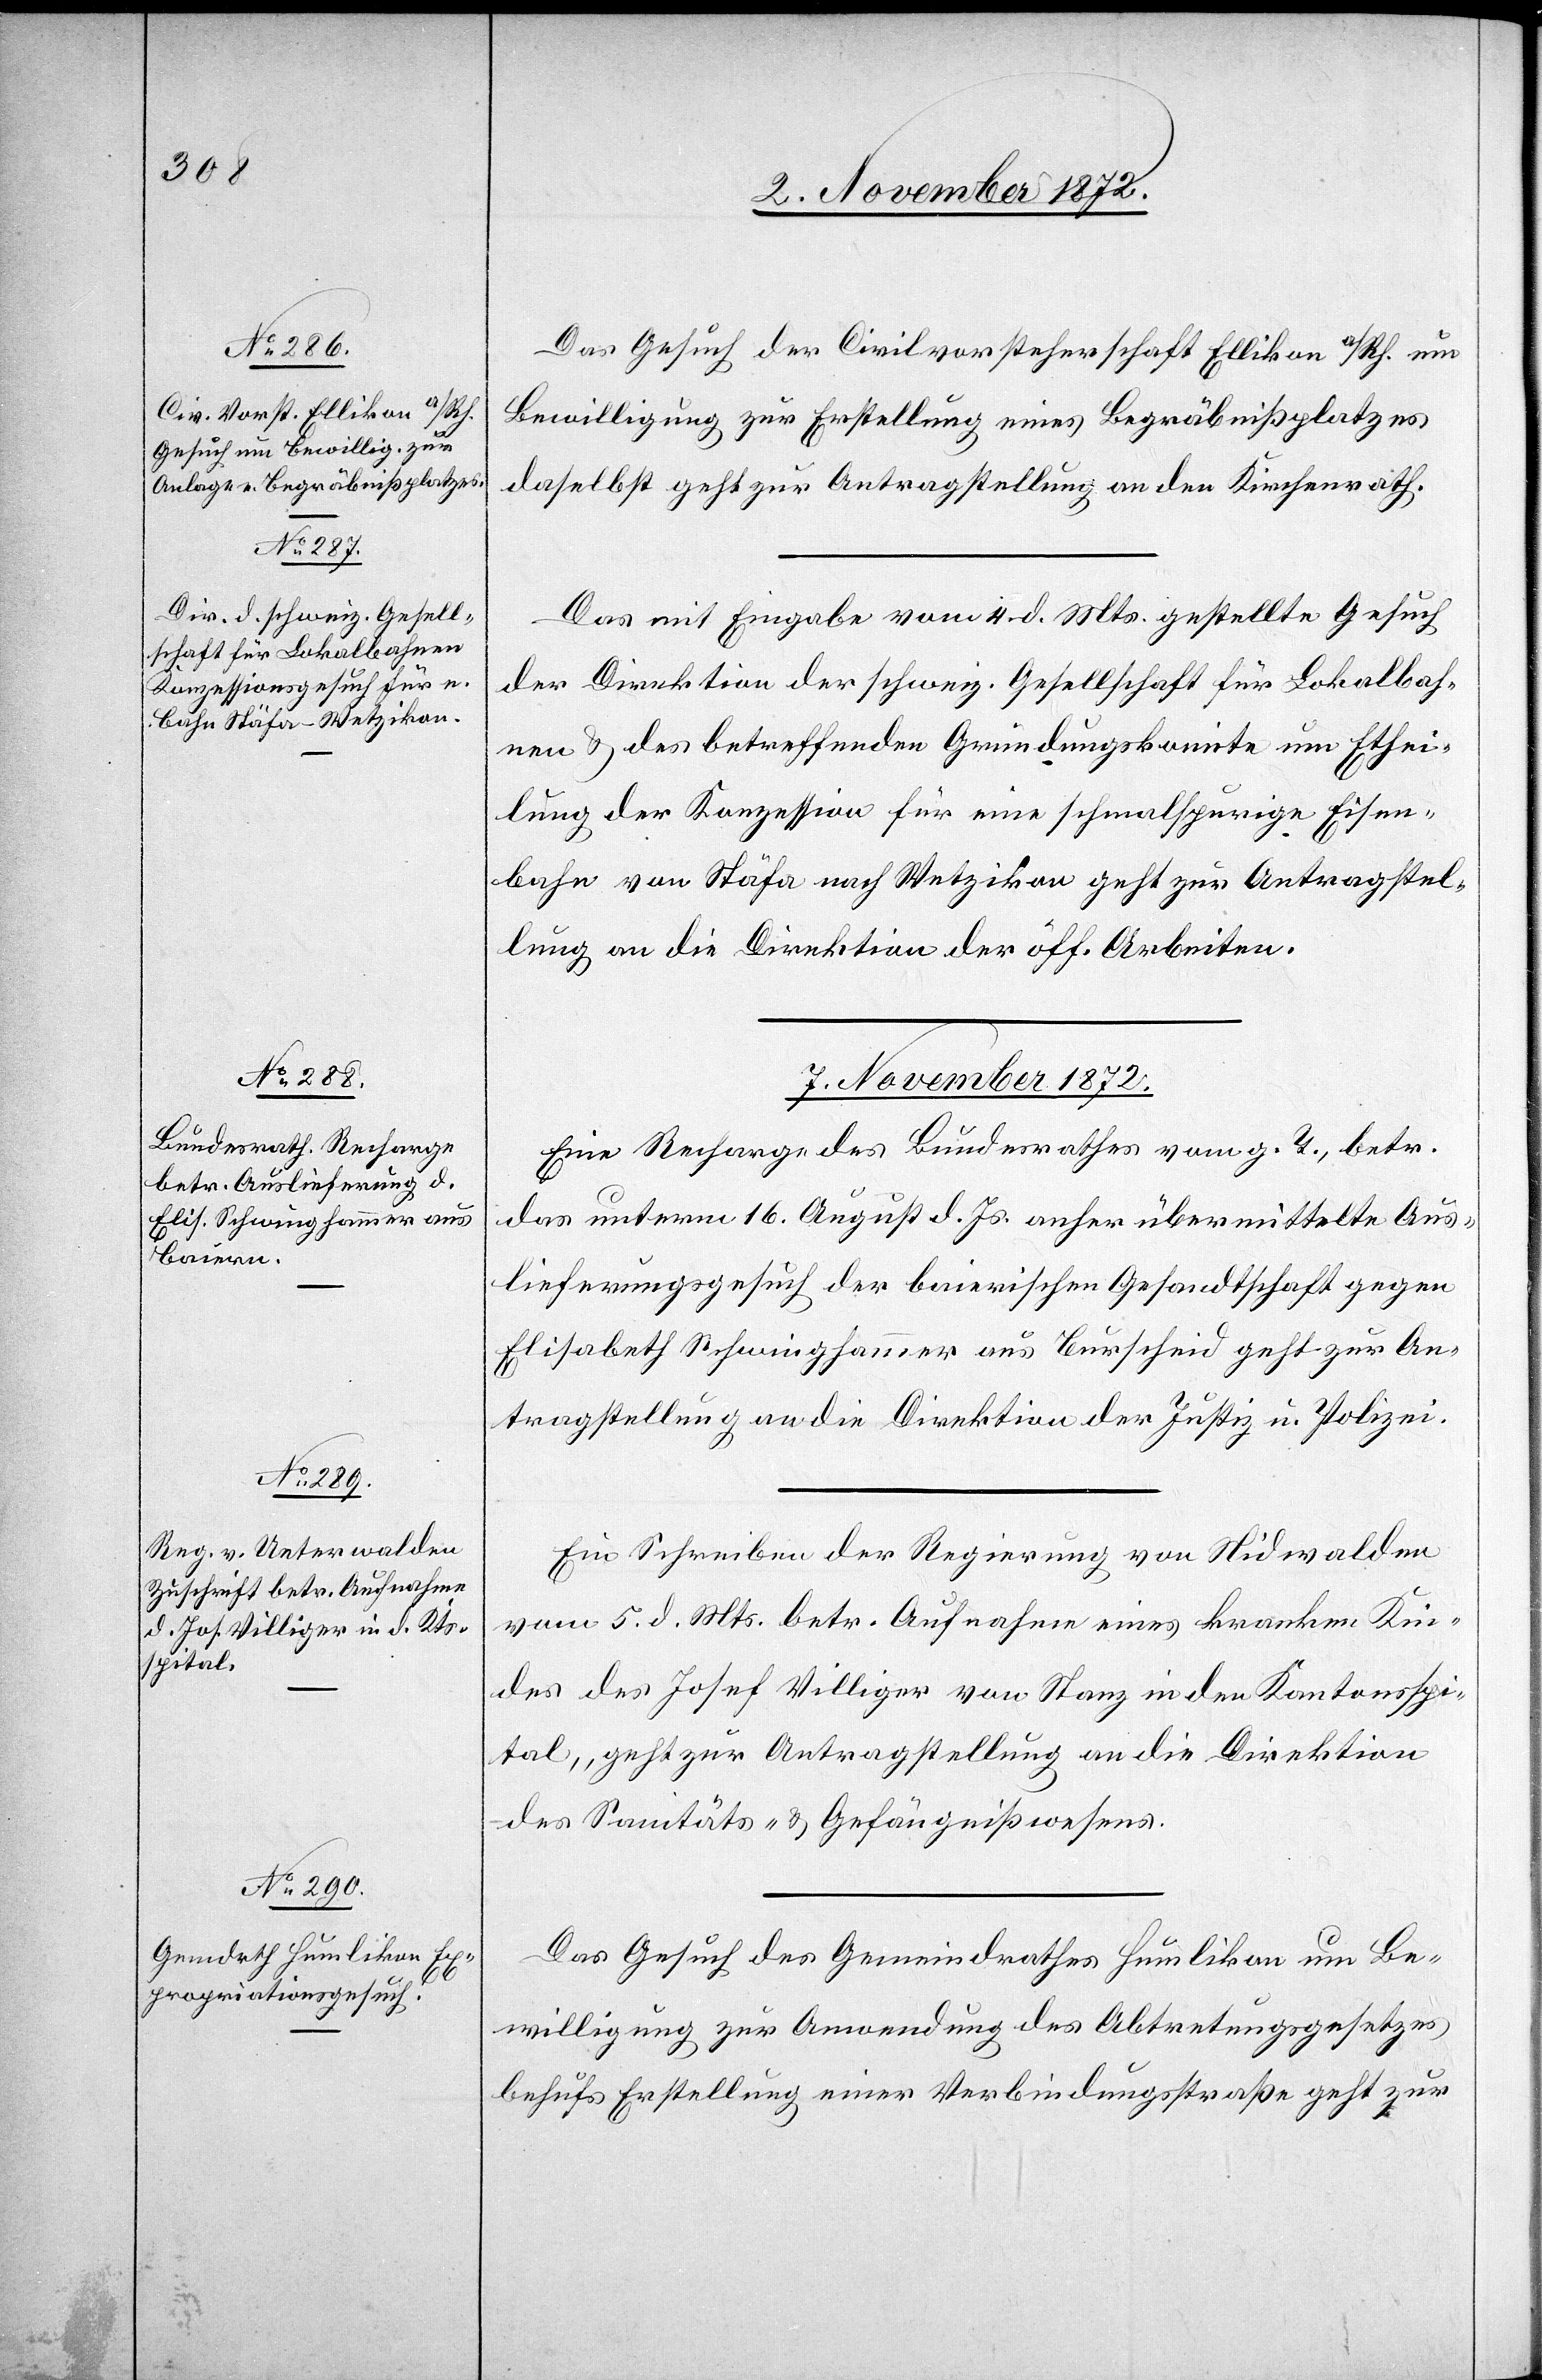
Das Gesuch der Civilvorsteherschaft Ellikon a/Rh. um
Bewilligung zur Erstellung eines Begräbnißplatzes
daselbst geht zur Antragstellung an den Kirchenrath.
Das mit Eingabe vom 4. d. Mts. gestellte Gesuch
der Direktion der schweiz. Gesellschaft für Lokalbah¬
nen u. des betreffenden Gründungskomite um E[r]thei¬
lung der Konzession für eine schmalspurige Eisen¬
bahn von Stäfa nach Wetzikon geht zur Antragstel¬
lung an die Direktion der öff. Arbeiten.
7. November 1872.]
Eine Recharge des Bundesrathes vom g. T., betr.
das unterm 16. August d. Js. anher übermittelte Aus¬
lieferungsgesuch der baierischen Gesandtschaft gegen
Elisabeth Schwinghammer aus Burscheid geht zur An¬
tragstellung an die Direktion der Justiz u. Polizei.
Ein Schreiben der Regierung von Nidwalden
vom 5. d. Mts. betr. Aufnahme eines kranken Kin¬
des des Josef Villiger von Stanz in den Kantonsspi¬
tal, geht zur Antragstellung an die Direktion
des Sanitäts- u. Gefängnißwesens.
Das Gesuch des Gemeindrathes Humlikon um Be¬
willigung zur Anwendung des Abtretungsgesetzes
behufs Erstellung einer Verbindungsstraße geht zur